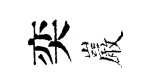
奕巖